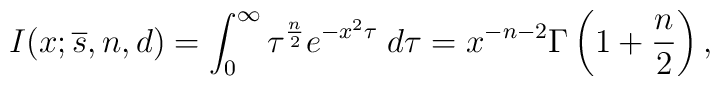
I(x;{\overline s},n,d)=\int_{0}^{\infty}\tau^{{n\over 2}}e^{-x^{2}\tau}\; d\tau = x^{-n-2}\Gamma \left(1+{n\over 2}\right),